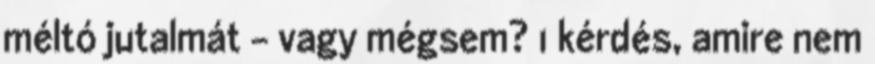
méltó jutalmát - vagy mégsem? 1 kérdés, amire nem